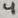
Text: 4